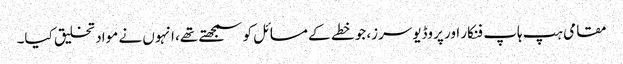
مقامی ہپ ہاپ فنکار اور پروڈیوسرز، جو خطے کے مسائل کو سمجھتے تھے، انہوں نے مواد تخلیق کیا۔